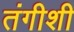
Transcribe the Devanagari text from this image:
तंगीशी